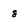
Character: 8